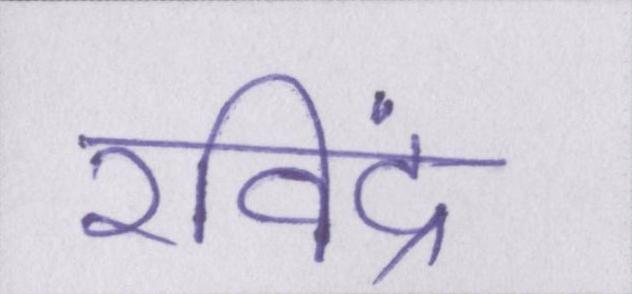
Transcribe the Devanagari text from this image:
रविंद्र